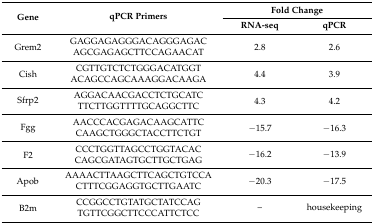
<table><thead><tr><td rowspan="2"><b>Gene</b></td><td rowspan="2"><b>qPCR Primers</b></td><td colspan="2"><b>Fold Change</b></td></tr><tr><td><b>RNA-seq</b></td><td><b>qPCR</b></td></tr></thead><tbody><tr><td rowspan="2">Grem2</td><td>GAGGAGAGGGACAGGGAGAC</td><td rowspan="2">2.8</td><td rowspan="2">2.6</td></tr><tr><td>AGCGAGAGCTTCCAGAACAT</td></tr><tr><td rowspan="2">Cish</td><td>CGTTGTCTCTGGGACATGGT</td><td rowspan="2">4.4</td><td rowspan="2">3.9</td></tr><tr><td>ACAGCCAGCAAAGGACAAGA</td></tr><tr><td rowspan="2">Sfrp2</td><td>AGGACAACGACCTCTGCATC</td><td rowspan="2">4.3</td><td rowspan="2">4.2</td></tr><tr><td>TTCTTGGTTTTGCAGGCTTC</td></tr><tr><td rowspan="2">Fgg</td><td>AACCCACGAGACAAGCATTC</td><td rowspan="2">−15.7</td><td rowspan="2">−16.3</td></tr><tr><td>CAAGCTGGGCTACCTTCTGT</td></tr><tr><td rowspan="2">F2</td><td>CCCTGGTTAGCCTGGTACAC</td><td rowspan="2">−16.2</td><td rowspan="2">−13.9</td></tr><tr><td>CAGCGATAGTGCTTGCTGAG</td></tr><tr><td rowspan="2">Apob</td><td>AAAACTTAAGCTTCAGCTGTCCA</td><td rowspan="2">−20.3</td><td rowspan="2">−17.5</td></tr><tr><td>CTTTCGGAGGTGCTTGAATC</td></tr><tr><td rowspan="2">B2m</td><td>CCGGCCTGTATGCTATCCAG</td><td rowspan="2">--</td><td rowspan="2">housekeeping</td></tr><tr><td>TGTTCGGCTTCCCATTCTCC</td></tr></tbody></table>